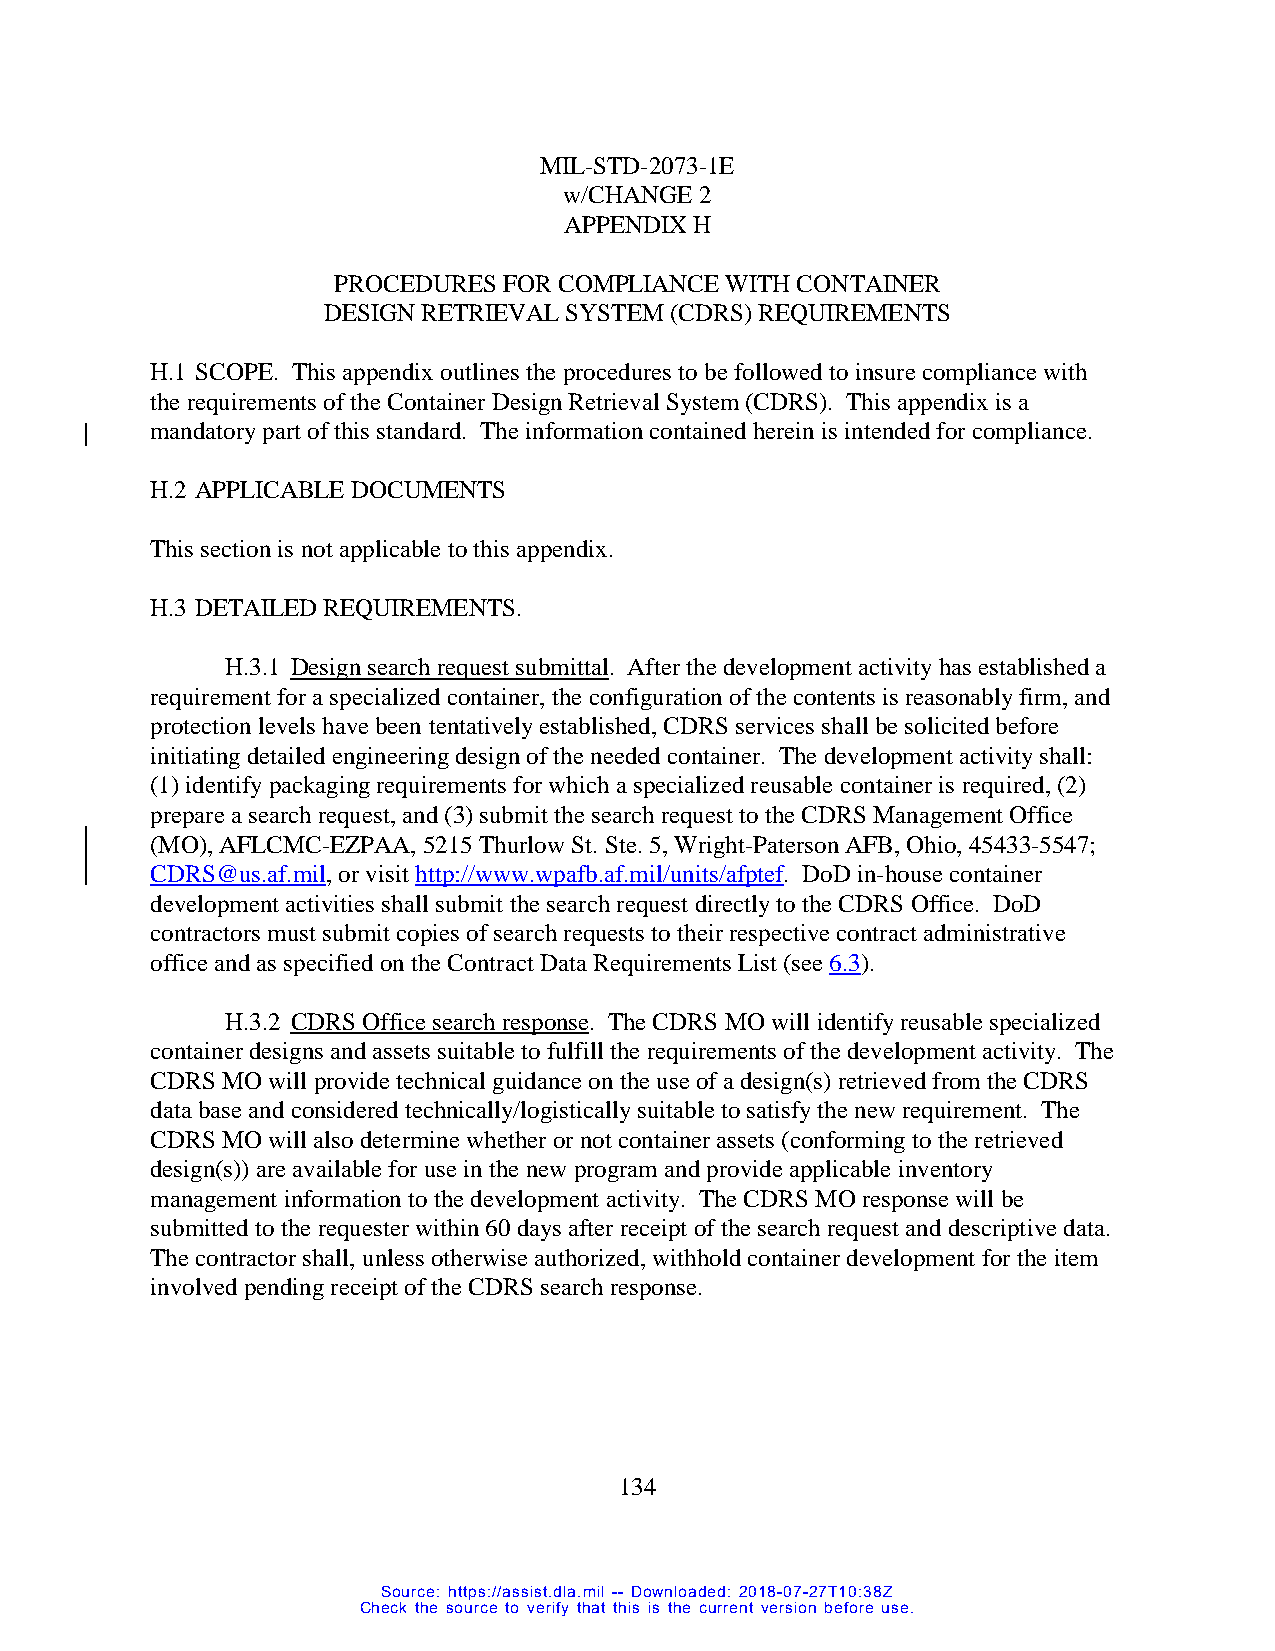
MIL-STD-2073-1E
 w/CHANGE 2
 APPENDIX H
 PROCEDURES FOR COMPLIANCE WITH CONTAINER
 DESIGN RETRIEVAL SYSTEM (CDRS) REQUIREMENTS
 H.1 SCOPE. This appendix outlines the procedures to be followed to insure compliance with
 the requirements of the Container Design Retrieval System (CDRS). This appendix is a
 mandatory part of this standard. The information contained herein is intended for compliance.
 H.2 APPLICABLE DOCUMENTS
 This section is not applicable to this appendix.
 H.3 DETAILED REQUIREMENTS.
 H.3.1 Design search request submittal. After the development activity has established a
 requirement for a specialized container, the configuration of the contents is reasonably firm, and
 protection levels have been tentatively established, CDRS services shall be solicited before
 initiating detailed engineering design of the needed container. The development activity shall:
 (1) identify packaging requirements for which a specialized reusable container is required, (2)
 prepare a search request, and (3) submit the search request to the CDRS Management Office
 (MO), AFLCMC-EZPAA, 5215 Thurlow St. Ste. 5, Wright-Paterson AFB, Ohio, 45433-5547;
 CDRS@us.af.mil, or visit http://www.wpafb.af.mil/units/afptef. DoD in-house container
 development activities shall submit the search request directly to the CDRS Office. DoD
 contractors must submit copies of search requests to their respective contract administrative
 office and as specified on the Contract Data Requirements List (see 6.3).
 H.3.2 CDRS Office search response. The CDRS MO will identify reusable specialized
 container designs and assets suitable to fulfill the requirements of the development activity. The
 CDRS MO will provide technical guidance on the use of a design(s) retrieved from the CDRS
 data base and considered technically/logistically suitable to satisfy the new requirement. The
 CDRS MO will also determine whether or not container assets (conforming to the retrieved
 design(s)) are available for use in the new program and provide applicable inventory
 management information to the development activity. The CDRS MO response will be
 submitted to the requester within 60 days after receipt of the search request and descriptive data.
 The contractor shall, unless otherwise authorized, withhold container development for the item
 involved pending receipt of the CDRS search response.
 134
 Source: https://assist.dla.mil -- Downloaded: 2018-07-27T10:38Z
 Check the source to verify that this is the current version before use.